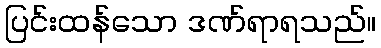
ပြင်းထန်သော ဒဏ်ရာရသည်။